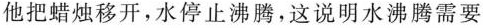
他把蜡烛移开，水停止沸腾，这说明水沸腾需要